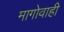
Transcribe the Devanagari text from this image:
मागोवाही